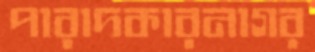
পারাদকারনাগর